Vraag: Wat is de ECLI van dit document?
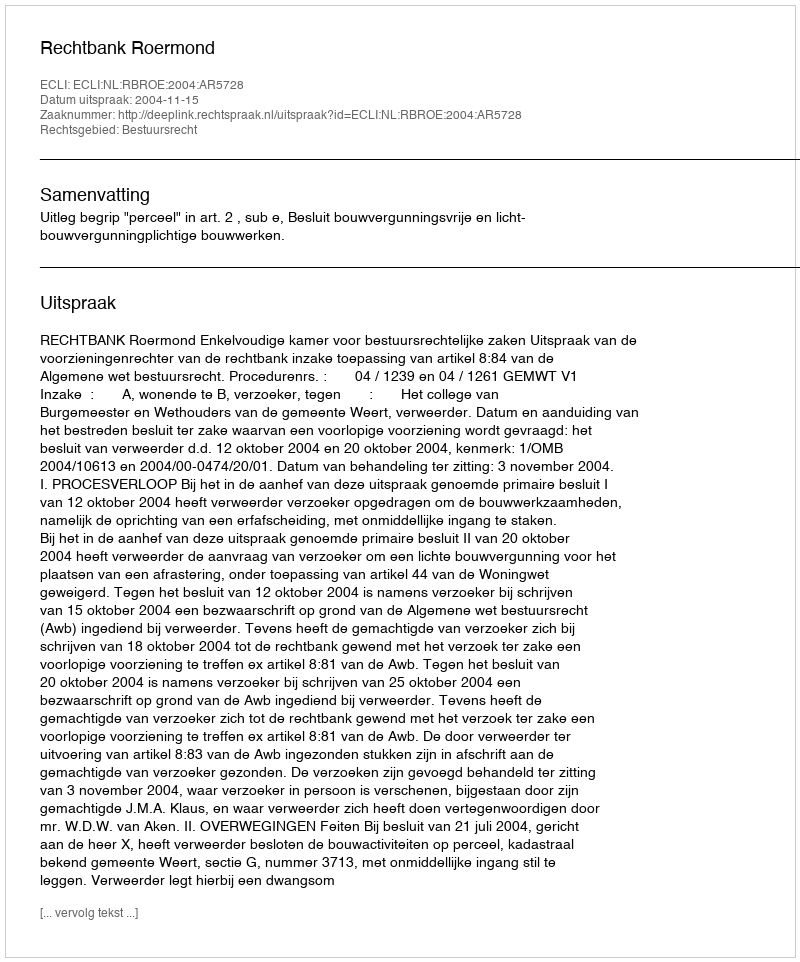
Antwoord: ECLI:NL:RBROE:2004:AR5728